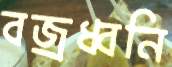
বজ্রধ্বনি